Leaving Certificate Examination, 1914
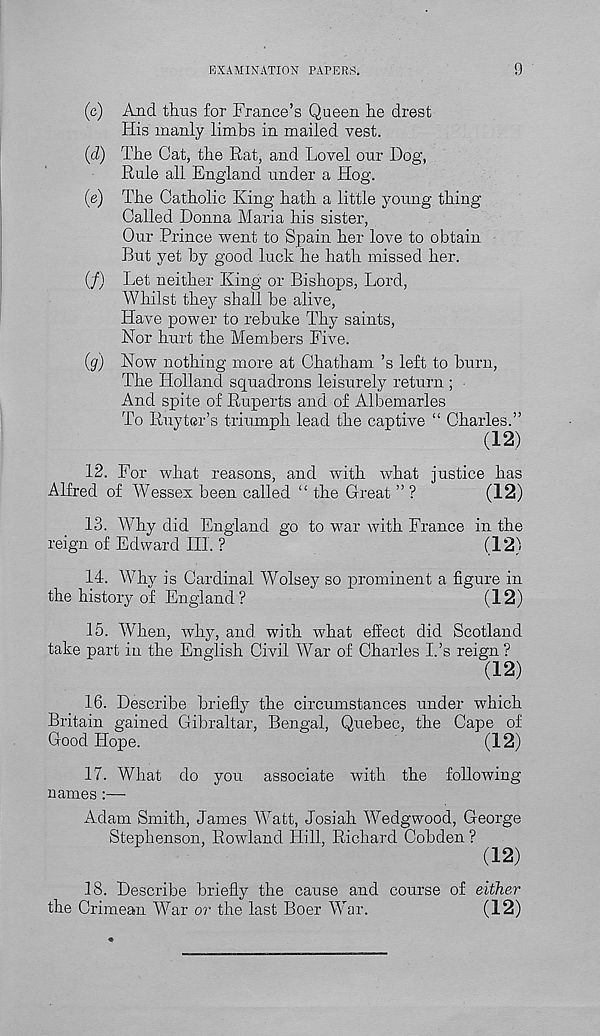
EXAMINATION PAPERS.
9
(c) And thus for France’s Queen he drest
His manly limbs in mailed vest.
(d) The Cat, the Rat, and Lovel our Dog,
Rule all England under a Hog.
(e) The Catholic King hath a little young thing
Called Donna Maria his sister,
Our Prince went to Spain her love to obtain
But yet by good luck he hath missed her.
(/) Let neither King or Bishops, Lord,
Whilst they shall be alive,
Have power to rebuke Thy saints,
Nor hurt the Members Five.
(g) Now nothing more at Chatham’s left to burn,
The Holland squadrons leisurely return ;
And spite of Ruperts and of Albemarles
To Ruyter’s triumph lead the captive “ Charles.”
(12)
12. For what reasons, and with what justice has
Alfred of AYessex been called “ the Great ” ?
(12)
13. Why did England go to war with France in the
reign of Edward III. ?
(12)
14. Why is Cardinal Wolsey so prominent a figure in
the history of England?
(12)
15. AVken, why, and with what effect did Scotland
take part in the English Civil AYar of Charles I.’s reign ?
(12)
16. Describe briefly the circumstances under which
Britain gained Gibraltar, Bengal, Quebec, the Cape of
Good Hope.
(12)
17. What do you associate with the following
names:—•
Adam Smith, James AYatt, Josiah AVedgwood, George
Stephenson, Rowland Hill, Richard Cobden ?
(12)
18. Describe briefly the cause and course of either
the Crimean War or the last Boer AYar.
(12)